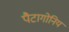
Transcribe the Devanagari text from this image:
पैटागोनिय